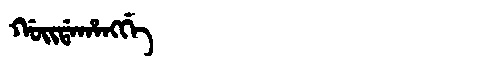
Manchu: ᡤᠣᡳᡩᠠᡥᠠᠩᡤᡝ
Romanization: GOIDAHANGGE